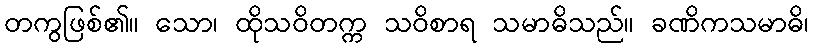
တကွဖြစ်၏။ သော၊ ထိုသဝိတက္က သဝိစာရ သမာဓိသည်။ ခဏိကသမာဓိ၊